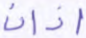
آذان